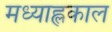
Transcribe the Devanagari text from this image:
मध्याह्लकाल